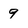
Character: 9